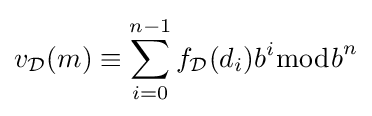
v_{\mathcal {D}}(m)\equiv \sum _{i=0}^{n-1}f_{\mathcal {D}}(d_{i})b^{i}{\bmod {b}}^{n}